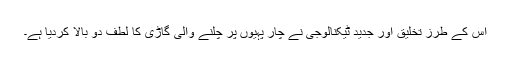
اس کے طرز تخلیق اور جدید ٹیکنالوجی نے چار پہیوں پر چلنے والی گاڑی کا لطف دو بالا کردیا ہے۔